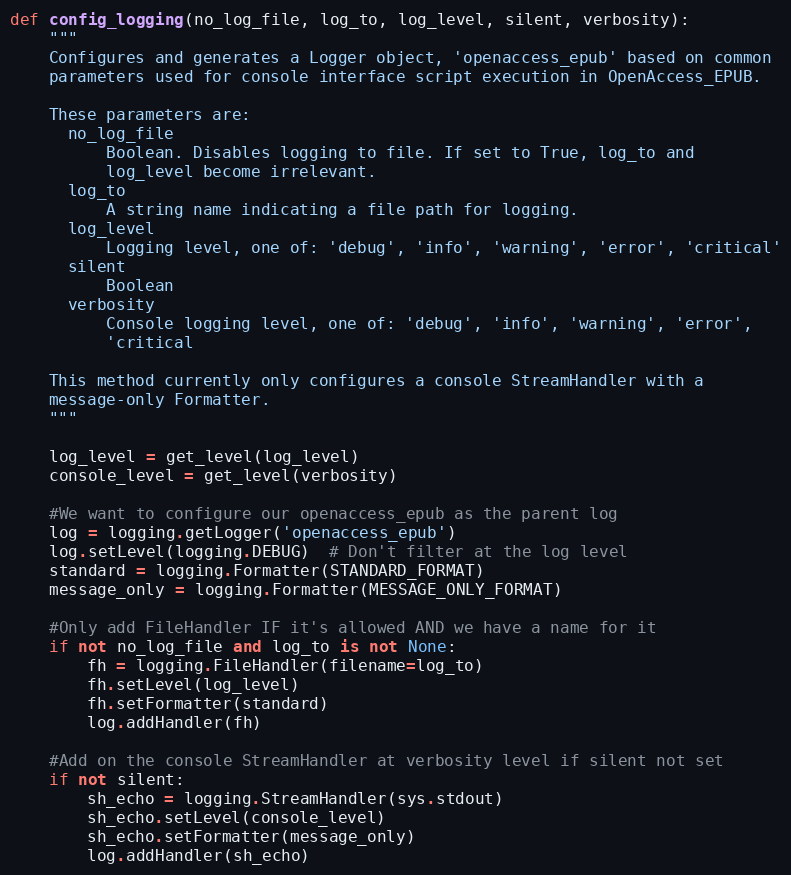
Language: Python
def config_logging(no_log_file, log_to, log_level, silent, verbosity):
    """
    Configures and generates a Logger object, 'openaccess_epub' based on common
    parameters used for console interface script execution in OpenAccess_EPUB.

    These parameters are:
      no_log_file
          Boolean. Disables logging to file. If set to True, log_to and
          log_level become irrelevant.
      log_to
          A string name indicating a file path for logging.
      log_level
          Logging level, one of: 'debug', 'info', 'warning', 'error', 'critical'
      silent
          Boolean
      verbosity
          Console logging level, one of: 'debug', 'info', 'warning', 'error',
          'critical

    This method currently only configures a console StreamHandler with a
    message-only Formatter.
    """

    log_level = get_level(log_level)
    console_level = get_level(verbosity)

    #We want to configure our openaccess_epub as the parent log
    log = logging.getLogger('openaccess_epub')
    log.setLevel(logging.DEBUG)  # Don't filter at the log level
    standard = logging.Formatter(STANDARD_FORMAT)
    message_only = logging.Formatter(MESSAGE_ONLY_FORMAT)

    #Only add FileHandler IF it's allowed AND we have a name for it
    if not no_log_file and log_to is not None:
        fh = logging.FileHandler(filename=log_to)
        fh.setLevel(log_level)
        fh.setFormatter(standard)
        log.addHandler(fh)

    #Add on the console StreamHandler at verbosity level if silent not set
    if not silent:
        sh_echo = logging.StreamHandler(sys.stdout)
        sh_echo.setLevel(console_level)
        sh_echo.setFormatter(message_only)
        log.addHandler(sh_echo)